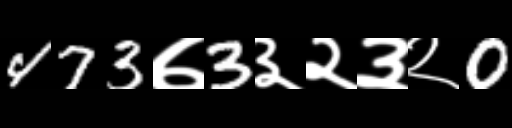
Text: 473७3३२३२0